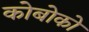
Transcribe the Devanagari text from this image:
कोबोको